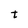
Character: t